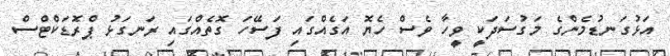
އަޅުގަނޑުމެންގެ މަގުސަދަކީ ވީހާ ވެސް ހެޔޮ އަގެއްގައި ފަސޭހަ ގޮތެއްގައި ރަނގަޅު ޕްރޮޑަކްޓްސް